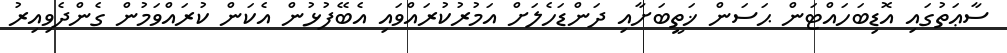
ސާޢަތުގައި އޮޑިބަހައްޓަން ޙަސަން ޚަތީބަށާއި ދަންޑަހެލަށް އަމުރުކުރައްވައި އެބޭފުޅުން އެކަން ކުރައްވަމުން ގެންދެވިއިރު